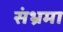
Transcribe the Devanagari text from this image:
संभ्रमा